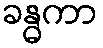
ခန္ဓကာ